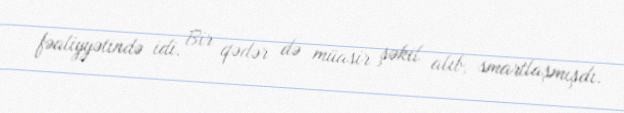
fəaliyyətində idi. Bir qədər də müasir şəkil alıb, smartlaşmışdı.